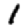
Digit: 1